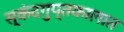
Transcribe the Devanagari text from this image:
स्कंदगुप्तकालात